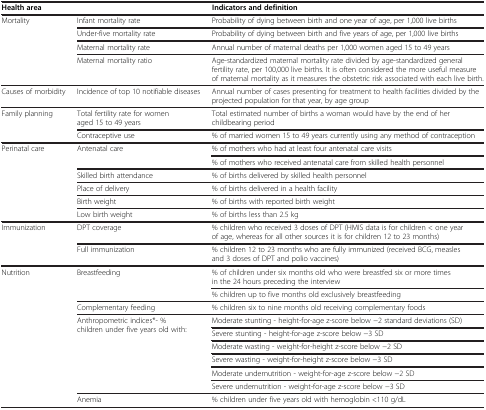
<table><thead><tr><td><b>Health area</b></td><td><b> </b></td><td><b>Indicators and definition</b></td></tr></thead><tbody><tr><td rowspan="4">Mortality</td><td>Infant mortality rate</td><td>Probability of dying between birth and one year of age, per 1,000 live births</td></tr><tr><td>Under-five mortality rate</td><td>Probability of dying between birth and five years of age, per 1,000 live births</td></tr><tr><td>Maternal mortality rate</td><td>Annual number of maternal deaths per 1,000 women aged 15 to 49 years</td></tr><tr><td>Maternal mortality ratio</td><td>Age-standardized maternal mortality rate divided by age-standardized general fertility rate, per 100,000 live births. It is often considered the more useful measure of maternal mortality as it measures the obstetric risk associated with each live birth.</td></tr><tr><td>Causes of morbidity</td><td>Incidence of top 10 notifiable diseases</td><td>Annual number of cases presenting for treatment to health facilities divided by the projected population for that year, by age group</td></tr><tr><td rowspan="2">Family planning</td><td>Total fertility rate for women aged 15 to 49 years</td><td>Total estimated number of births a woman would have by the end of her childbearing period</td></tr><tr><td>Contraceptive use</td><td>% of married women 15 to 49 years currently using any method of contraception</td></tr><tr><td rowspan="6">Perinatal care</td><td rowspan="2">Antenatal care</td><td>% of mothers who had at least four antenatal care visits</td></tr><tr><td>% of mothers who received antenatal care from skilled health personnel</td></tr><tr><td>Skilled birth attendance</td><td>% of births delivered by skilled health personnel</td></tr><tr><td>Place of delivery</td><td>% of births delivered in a health facility</td></tr><tr><td>Birth weight</td><td>% of births with reported birth weight</td></tr><tr><td>Low birth weight</td><td>% of births less than 2.5 kg</td></tr><tr><td rowspan="2">Immunization</td><td>DPT coverage</td><td>% children who received 3 doses of DPT (HMIS data is for children &lt; one year of age, whereas for all other sources it is for children 12 to 23 months)</td></tr><tr><td>Full immunization</td><td>% children 12 to 23 months who are fully immunized (received BCG, measles and 3 doses of DPT and polio vaccines)</td></tr><tr><td rowspan="10">Nutrition</td><td rowspan="2">Breastfeeding</td><td>% of children under six months old who were breastfed six or more times in the 24 hours preceding the interview</td></tr><tr><td>% children up to five months old exclusively breastfeeding</td></tr><tr><td>Complementary feeding</td><td>% children six to nine months old receiving complementary foods</td></tr><tr><td rowspan="6">Anthropometric indices*- % children under five years old with:</td><td>Moderate stunting - height-for-age z-score below −2 standard deviations (SD)</td></tr><tr><td>Severe stunting - height-for-age z-score below −3 SD</td></tr><tr><td>Moderate wasting - weight-for-height z-score below −2 SD</td></tr><tr><td>Severe wasting - weight-for-height z-score below −3 SD</td></tr><tr><td>Moderate undernutrition - weight-for-age z-score below −2 SD</td></tr><tr><td>Severe undernutrition - weight-for-age z-score below −3 SD</td></tr><tr><td>Anemia</td><td>% children under five years old with hemoglobin &lt;110 g/dL</td></tr></tbody></table>